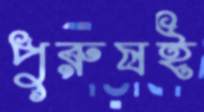
পুরুষই